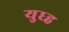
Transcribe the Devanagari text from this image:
युध्ह